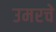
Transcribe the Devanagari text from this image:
उमरचे